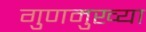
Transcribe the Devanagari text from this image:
गुणमुख्या